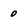
Character: 0